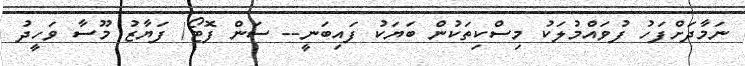
ނަމާދަށްފަހު ފުވައްމުލަކު މިސްކިތަކުން ބަޔަކު ފައިބަނީ-- ސަން ފޮޓޯ/ ފަޔާޒު މޫސާ ވަހީދު